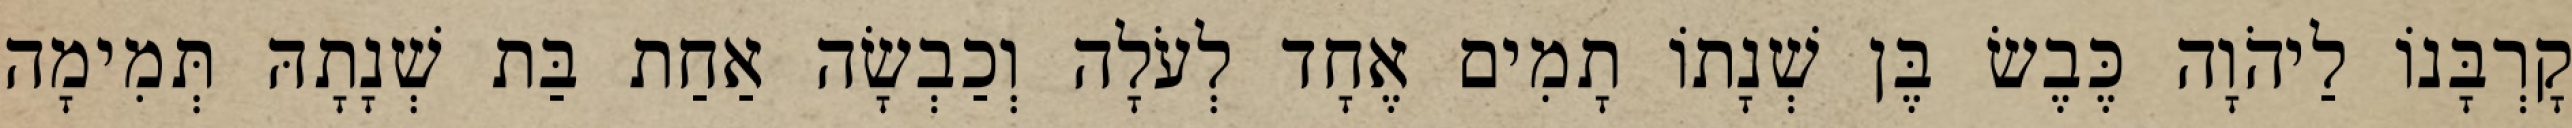
קָרְבָּנוֹ לַיהֹוָה כֶּבֶשׂ בֶּן שְׁנָתוֹ תָמִים אֶחָד לְעֹלָה וְכַבְשָׂה אַחַת בַּת שְׁנָתָהּ תְּמִימָה